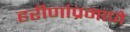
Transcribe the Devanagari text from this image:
हरीणांप्रमाणे